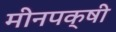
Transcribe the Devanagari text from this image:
मीनपक्षी